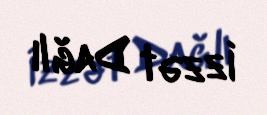
İzzət Dağlı